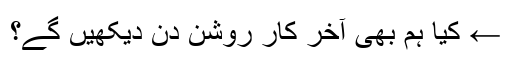
← کیا ہم بھی آخر کار روشن دن دیکھیں گے؟